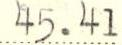
45.41